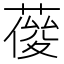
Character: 𦹿